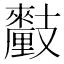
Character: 𨤺